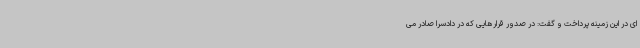
ای در این زمینه پرداخت و گفت: در صدور قرارهایی که در دادسرا صادر می